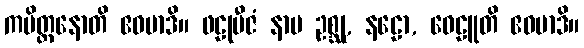
ကပိတ္ထနောတိ ဧဝမာဒိ။ ဖဠုဗီဇံ နာမ ဥစ္ဆု, နဠော, ဝေဠူတိ ဧဝမာဒိ။